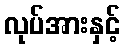
လုပ်အားနှင့်